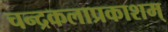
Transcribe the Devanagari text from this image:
चन्द्रकलाप्रकाशम्